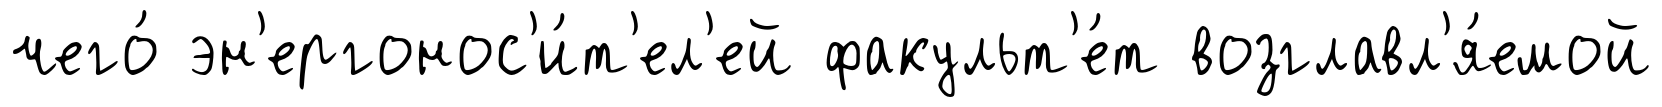
чего́ эн'ергонос'и́т'ел'ей факульт'е́т возглавл'я́емой